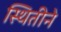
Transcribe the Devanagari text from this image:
स्थितीने